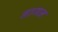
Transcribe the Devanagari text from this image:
नागन